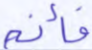
فأنه